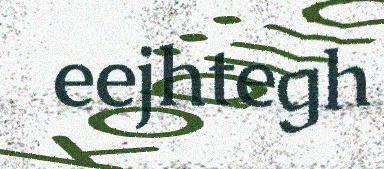
eejhtegh